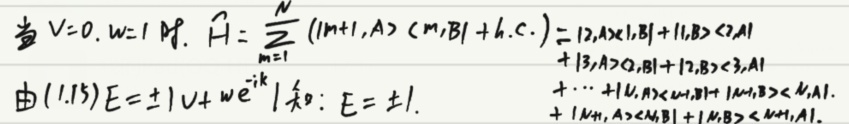
当 $V = 0, w = 1$ 时, $\hat{H}=\sum_{m = 1}^{N} (|m + 1,A\rangle\langle m,B|+h.c.) = |2,A\rangle\langle 1,B|+|1,B\rangle\langle 2,A|$

由 $(1.15) E=\pm|v + we^{-ik}|$ 知: $E=\pm1$.
$+|3,A\rangle\langle 2,B|+|2,B\rangle\langle 3,A|$
$+\cdots+|1,A\rangle\langle N,B|+|N,B\rangle\langle 1,A|.$